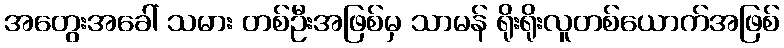
အတွေးအခေါ် သမား တစ်ဦးအဖြစ်မှ သာမန် ရိုးရိုးလူတစ်ယောက်အဖြစ်